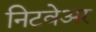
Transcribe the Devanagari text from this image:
निटवेअर